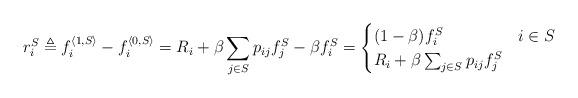
LaTeX: \begin{align*}r^S_i & \triangleq f^{\langle 1, S\rangle}_i - f^{\langle 0, S\rangle}_i = R_i + \beta \sum_{j \in S} p_{ij} f^S_j - \beta f^S_i =\begin{cases}(1-\beta) f^S_i & i \in S \\ R_i + \beta \sum_{j \in S} p_{ij} f^S_j & \end{cases}\end{align*}